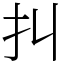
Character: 㧃